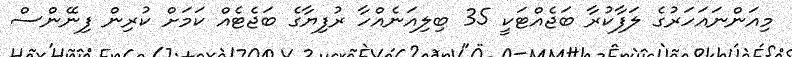
މިއަންނައަހަރުގެ ލަފާކުރާ ބަޖެއްޓަކީ 35 ބިލިއަނެއްހާ ރުފިޔާގެ ބަޖެޓެއް ކަމަށް ކުރިން ފިނޭންސް